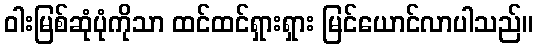
ဝါးမြစ်ဆုံပုံကိုသာ ထင်ထင်ရှားရှား မြင်ယောင်လာပါသည်။